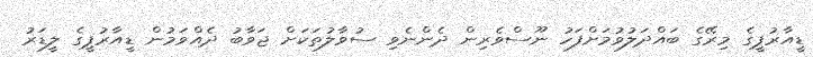
ޑީއާރުޕީގެ މިރޭގެ ބައްދަލުވުމަށްފަހު ނޫސްވެރިން ދެންނެވި ސުވާލުތަކަށް ޖަވާބު ދެއްވަމުން ޑީއާރުޕީގެ ލީޑަރު